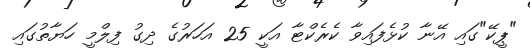
"ޕީކޭ"ގައި އޭނާ ކުޅެފައިވާ ކެރެކްޓާ އަކީ 25 އަހަރުގެ ދިގު ފިލްމީ ހަޔާތުގައި